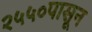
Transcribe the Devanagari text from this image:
२५५०पासून